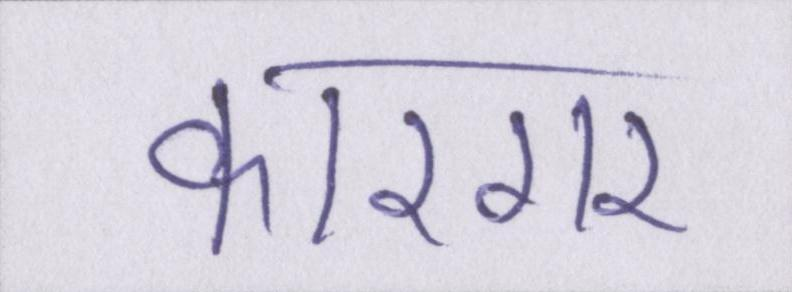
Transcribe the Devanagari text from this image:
कारगर